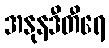
အနုနဒီတီရေ